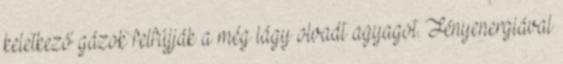
keletkező gázok felfújják a még lágy olvadt agyagot. Fényenergiával